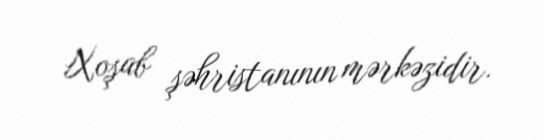
Xoşab şəhristanının mərkəzidir.